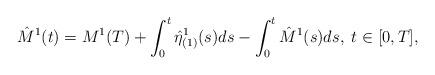
LaTeX: \begin{align*} \hat{M}^1(t) = M^1(T) + \int_0^t \hat\eta_{(1)}^1(s) ds - \int_0^t \hat M^{1}(s) ds, \; t \in [0,T], \end{align*}